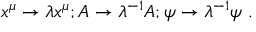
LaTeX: x ^ { \mu } \rightarrow \lambda x ^ { \mu } ; A \rightarrow \lambda ^ { - 1 } A ; \psi \rightarrow \lambda ^ { - 1 } \psi ~ .